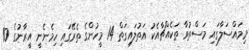
މިމައްސަލާގައި މަސްތުވާ ތަކެއްޗާއެކު އަތުލައިގަތް 14 މީހުންގެ ތެރޭގައި ހިމެނެނީ އީރާނުގެ 10